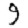
Digit: 9